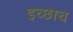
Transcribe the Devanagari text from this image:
इच्छाच